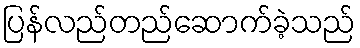
ပြန်လည်တည်ဆောက်ခဲ့သည်